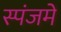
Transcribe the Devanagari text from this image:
स्पंजमें